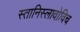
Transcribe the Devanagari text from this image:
स्तानिस्लावोविच